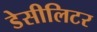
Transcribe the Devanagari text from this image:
डेसीलिटर